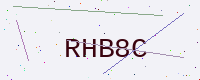
Text: RHB8C